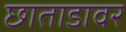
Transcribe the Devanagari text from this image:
छाताडावर